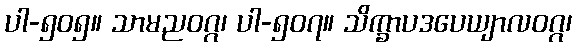
ပါ-၅၀၅။ သာမညဝဂ္ဂ၊ ပါ-၅၀၇။ သိက္ခာပဒပေယျာလဝဂ္ဂ၊